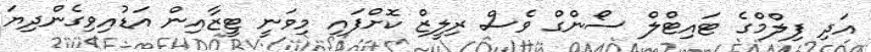
އަދި ފިލްމްގެ ޓައިޓްލް ސޯންގް ވެސް ރިލީޒް ކޮށްފައި މިވަނީ ޓީޒާއިން އަޑުއިވިގެންދިޔަ